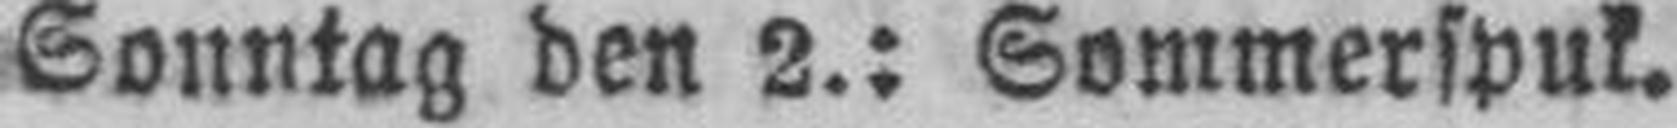
Sonntag den 2.: Sommerspuk.